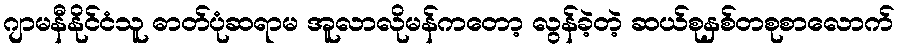
ဂျာမနီနိုင်ငံသူ ဓာတ်ပုံဆရာမ အူလာလိုမန်ကတော့ လွန်ခဲ့တဲ့ ဆယ်စုနှစ်တစုစာလောက်